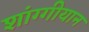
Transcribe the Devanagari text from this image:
शांग्गीयान